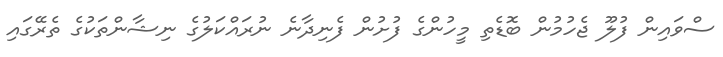
ސްވައިން ފުލޫ ޖެހުމުން ބޮޑެތި މީހުންގެ ފުށުން ފެނިދާނެ ނުރައްކަލުގެ ނިޝާންތަކުގެ ތެރޭގައި